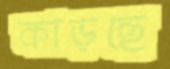
কাড়ছে